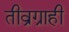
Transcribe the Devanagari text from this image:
तीव्रग्राही